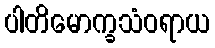
ပါတိမောက္ခသံဝရာယ